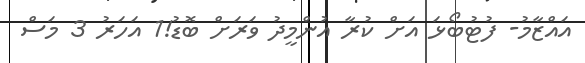
އައްޒާމު- ފުޓުބޯޅަ އަށް ކުރާ އުންމީދު ވަރަށް ބޮޑު!1 އަހަރު 3 މަސް